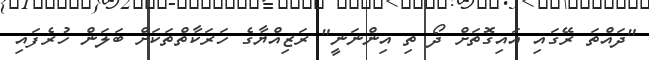
"ދައްތަ ރޭގައި އައިގޮތަށް ދޯ ތި އިންނަނީ" ރަޒިއްޔާގެ ހަރަކާތްތަކަށް ބަލަން ހުރެފައި